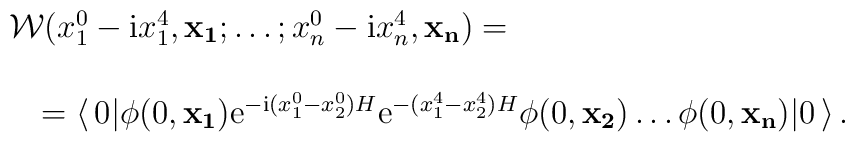
\begin{array}{l}{\cal W}(x^0_1 - {\rm i} x^4_1,{\bf x_1};   \dots ;x^0_n - {\rm i} x^4_n,{\bf x_n}) = \\[3ex]\quad = \langle\, 0 | \phi(0,{\bf x_1}){\rm e}^{-{\rm i} (x^0_1-x^0_2)H} {\rm e}^{-(x^4_1-x^4_2)H}\phi(0,{\bf x_2})\dots \phi(0,{\bf x_n}) | 0 \,\rangle\,.\end{array}